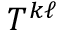
T ^ { k \ell }